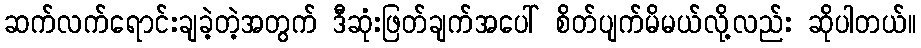
ဆက်လက်ရောင်းချခဲ့တဲ့အတွက် ဒီဆုံးဖြတ်ချက်အပေါ် စိတ်ပျက်မိမယ်လို့လည်း ဆိုပါတယ်။